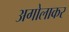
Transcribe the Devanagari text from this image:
अगोलाकर